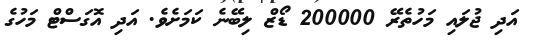
އަދި ޖުލައި މަހުތެރޭ 200000 ޑޯޒް ލިބޭނެ ކަމަށެވެ. އަދި އޮގަސްޓް މަހުގެ